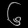
Digit: ၆